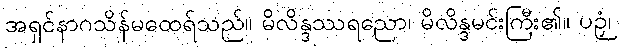
အရှင်နာဂသိန်မထေရ်သည်။ မိလိန္ဒဿရညော၊ မိလိန္ဒမင်းကြီး၏။ ပဉှံ၊